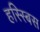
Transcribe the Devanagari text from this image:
हस्स्बिस